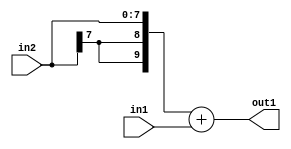
`timescale 1ps / 1ps
/*****************************************************************************
    Verilog RTL Description
    
    
    Created by: Stratus DpOpt 2019.1.01 
*******************************************************************************/

module fix2float_Add_8Sx8U_10S_4 (
	in2,
	in1,
	out1
	); /* architecture "behavioural" */ 
input [7:0] in2,
	in1;
output [9:0] out1;
wire [9:0] asc001;

assign asc001 = 
	+({{2{in2[7]}}, in2})
	+(in1);

assign out1 = asc001;
endmodule

/* CADENCE  urj0Qgw= : u9/ySgnWtBlWxVPRXgAZ4Og= ** DO NOT EDIT THIS LINE ******/